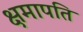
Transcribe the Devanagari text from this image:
क्षमापति